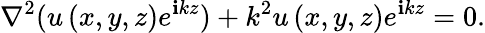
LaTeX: \nabla^{2}(u\left(x,y,z\right)e^{\mathbf{i}kz})+k^{2}u\left(x,y,z\right)e^{\mathbf{i}kz}=0.